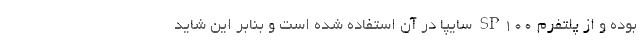
بوده و از پلتفرم SP100 سایپا در آن استفاده شده است و بنابر این شاید